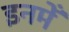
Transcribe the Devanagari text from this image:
इनमेँ